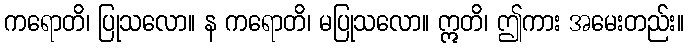
ကရောတိ၊ ပြုသလော။ န ကရောတိ၊ မပြုသလော။ ဣတိ၊ ဤကား အမေးတည်း။